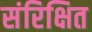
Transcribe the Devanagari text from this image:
संरिक्षित